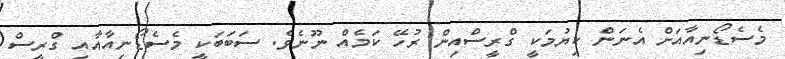
މެސެޑޯނިއާއަށް އެނަން ކިޔުމަކީ ގްރީސްއިން ރުހޭ ކަމެއް ނޫނެވެ. ސަބަބަކީ މެސެޑޯނިއާއާއި ގްރީސް